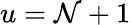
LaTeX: u=\mathcal{N}+1